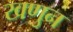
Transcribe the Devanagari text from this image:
खणुन